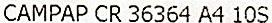
CAMPAP CR 36364 A4 10S